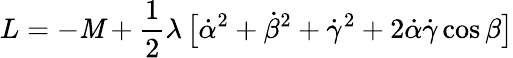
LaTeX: L=-\mathit{M}+{\frac{{1}}{{2}}}\lambda\, \bigl[\dot{{\alpha}}^{2}+\dot{{\beta}}^{2}+\dot{{\gamma}}^{2}+2\dot{{\alpha}}\dot{{\gamma}}\cos\beta\bigr]